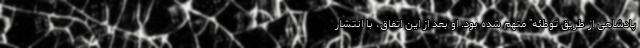
پادشاهی از طریق توطئه" متهم شده بود. او بعد از این اتفاق، با انتشار